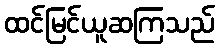
ထင်မြင်ယူဆကြသည်